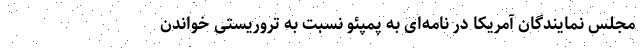
مجلس نمایندگان آمریکا در نامه‌ای به پمپئو نسبت به تروریستی خواندن